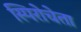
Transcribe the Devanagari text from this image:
स्पिरोचेता